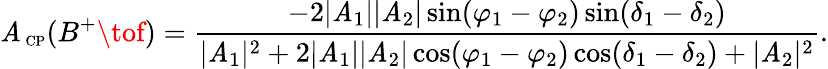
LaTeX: {\cal\mathit{A}}_{\mathrm{{{\scriptsize~CP}}}}(B^{+}\tof)=\frac{{-2|\mathit{A}_{1}||\mathit{A}_{2}|\sin(\varphi_{1}-\varphi_{2})\sin(\delta_{1}-\delta_{2})}}{{|\mathit{A}_{1}|^{2}+2|\mathit{A}_{1}||\mathit{A}_{2}|\cos(\varphi_{1}-\varphi_{2})\cos(\delta_{1}-\delta_{2})+|\mathit{A}_{2}|^{2}}}.